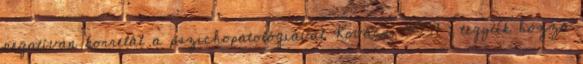
negatívan korrelál a pszichopatológiával Kovács, 2007 ; tegyük hozzá